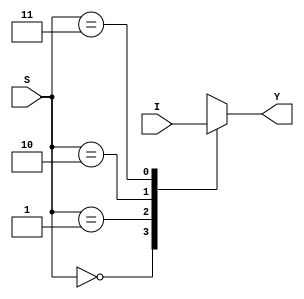
`timescale 1ns / 1ps
//////////////////////////////////////////////////////////////////////////////////
// Company: 
// Engineer: 
// 
// Design Name: 
// Module Name: Mux4x1
// Project Name: 
// Target Devices: 
// Tool Versions: 
// Description: 
// 
// Dependencies: 
// 
// Revision:
// Revision 0.01 - File Created
// Additional Comments:
// 
//////////////////////////////////////////////////////////////////////////////////


module Mux4x1(
    input [0:3] I,
    input [0:1] S,
    output reg Y
    );
    always @ (*) 
    begin
    case(S) 
    2'b00 : Y=I[0];
    2'b01 : Y=I[1];
    2'b10 : Y=I[2];
    2'b11 : Y=I[3];
    endcase
    end 
    
endmodule